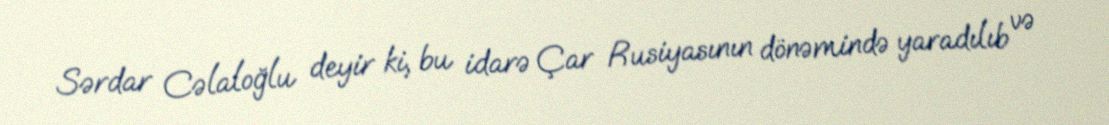
Sərdar Cəlaloğlu deyir ki, bu idarə Çar Rusiyasının dönəmində yaradılıb və